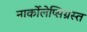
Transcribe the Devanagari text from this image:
नार्कोलेप्सिग्रस्त